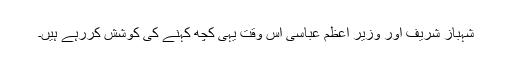
شہباز شریف اور وزیر ِاعظم عباسی اس وقت یہی کچھ کہنے کی کوشش کررہے ہیں۔